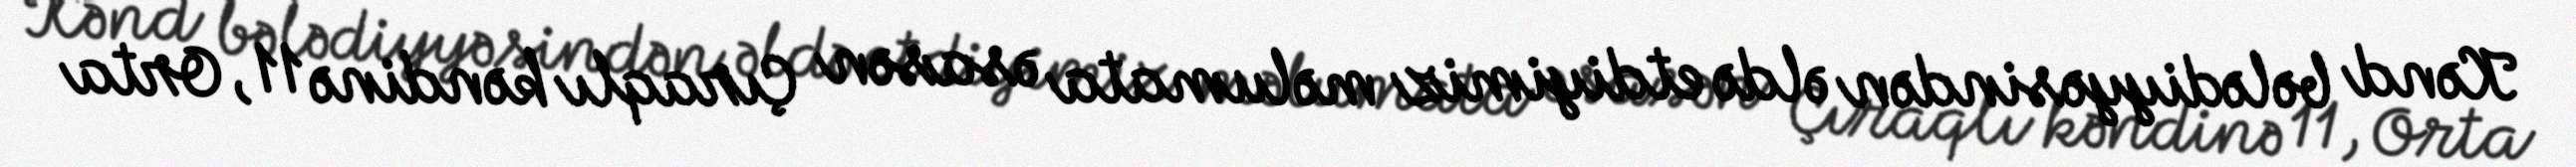
Kənd bələdiyyəsindən əldə etdiyimiz məlumata əsasən Çıraqlı kəndinə 11, Orta